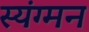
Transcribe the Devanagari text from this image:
स्यंग्मन